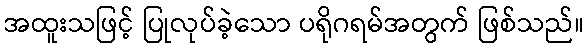
အထူးသဖြင့် ပြုလုပ်ခဲ့သော ပရိုဂရမ်အတွက် ဖြစ်သည်။